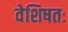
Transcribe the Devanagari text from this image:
वेशिषतः